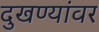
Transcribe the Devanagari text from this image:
दुखण्यांवर